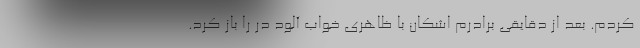
کردم. بعد از دقایقی برادرم اشکان با ظاهری خواب آلود در را باز کرد.